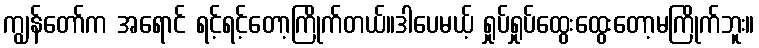
ကျွန်တော်က အရောင် ရင့်ရင့်တော့ကြိုက်တယ်။ဒါပေမယ့် ရှုပ်ရှုပ်ထွေးထွေးတော့မကြိုက်ဘူး။